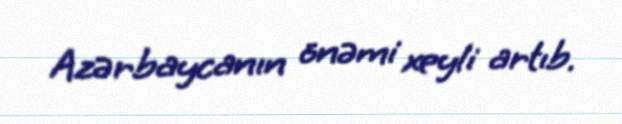
Azərbaycanın önəmi xeyli artıb.